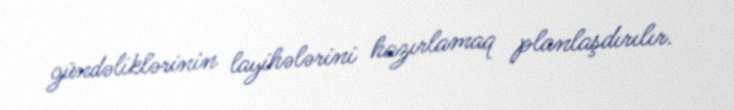
gündəliklərinin layihələrini hazırlamaq planlaşdırılır.